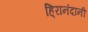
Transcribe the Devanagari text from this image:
हि्रानंदानी